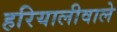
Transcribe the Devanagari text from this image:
हरियालीवाले